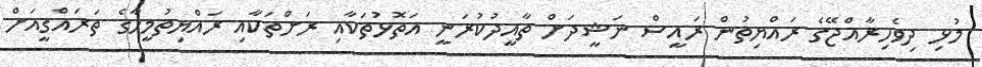
މުޅި ދިވެހިރާއްޖޭގެ ރައްޔިތުން ރައީސް ނަޝީދަށް ތާއީދުކުރަނީ އަތޮޅުތަކާއި ރަށްތަކާއި ރައްޔިތުމީހާގެ ތަރައްގީއަށް